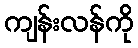
ကျန်းလန်ကို